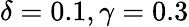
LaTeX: \delta=0.1,\gamma=0.3